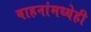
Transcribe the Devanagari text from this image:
वाहनांमध्येही